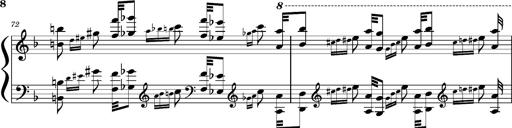
Title: Concerto sans orchestre, S.524a
Composer: Franz Liszt
Key: A major